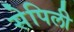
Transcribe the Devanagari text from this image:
सेपिली